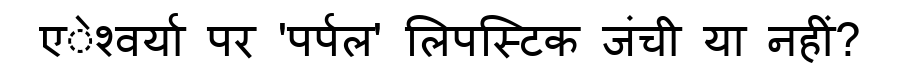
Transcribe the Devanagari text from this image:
एेश्वर्या पर 'पर्पल' लिपस्टिक जंची या नहीं?